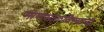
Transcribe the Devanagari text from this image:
माणसाळविण्याची